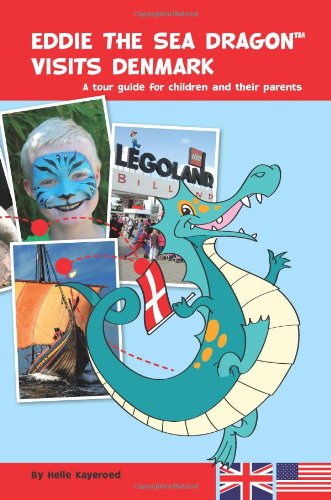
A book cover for Eddie The Sea Dragon Visits Denmark: A tour guide for children and their parents; Helle Kayeroed; Travel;